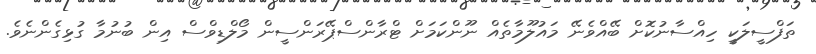
ތަފްސީލަކީ ހިއްސާނުކޮށް ބޭއްވެނޭ މައުލޫމާތެއް ނޫންކަމަށް ޓްރާންސްޕޭރަންސީން މޯލްޑިވްސް އިން ބުނުމާ ގުޅިގެންނެވެ.